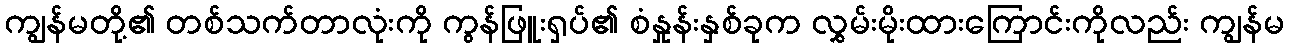
ကျွန်မတို့၏ တစ်သက်တာလုံးကို ကွန်ဖြူးရှပ်၏ စံနှုန်းနှစ်ခုက လွှမ်းမိုးထားကြောင်းကိုလည်း ကျွန်မ